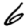
Digit: 6